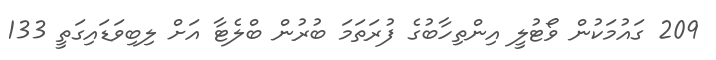
209 ގައުމަކުން ވޯޯޓުލީ އިންތިހާބުގެ ފުރަތަމަ ބުރުން ބްލެޓާ އަށް ލިބިވަޑައިގަތީ 133